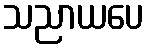
သညာယပေ